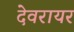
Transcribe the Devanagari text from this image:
देवरायर